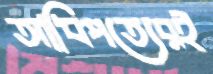
আধিপত্যেরই